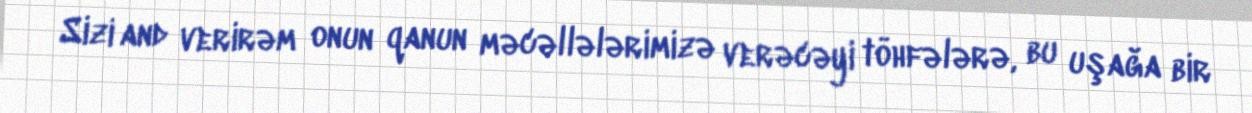
Sizi and verirəm onun qanun məcəllələrimizə verəcəyi töhfələrə, bu uşağa bir